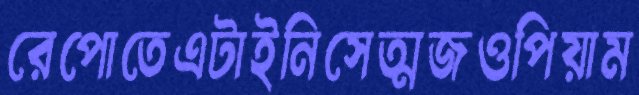
রেপোতেএটাইনিসেত্মজওপিয়াম